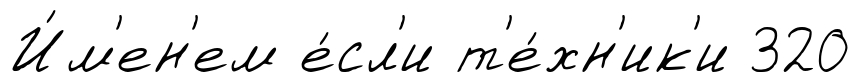
И́м'ен'ем е́сл'и т'е́хн'ик'и 320